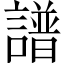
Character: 譜